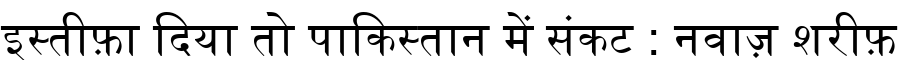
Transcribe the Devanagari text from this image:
इस्तीफ़ा दिया तो पाकिस्तान में संकट : नवाज़ शरीफ़